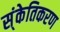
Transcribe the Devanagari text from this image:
स्ंकेतिकरण